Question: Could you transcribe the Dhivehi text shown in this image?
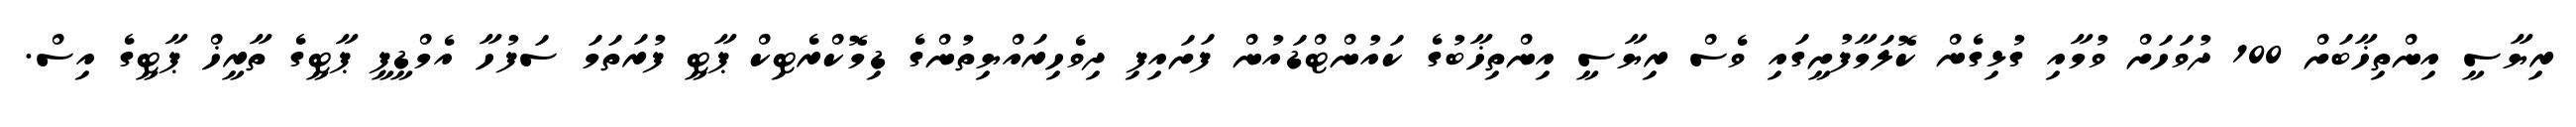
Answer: ރިޔާސީ އިންތިޚާބަށް 100 ދުވަހަށް ވުމާއި ގުޅިގެން ކޮލަމާފުށީގައި ވެސް ރިޔާސީ އިންތިޚާބުގެ ކައުންޓްޑައުން ފަށައިފި ދިވެހިރައްޔިތުންގެ ޑިމޮކްރެޓިކް ޕާޓީ ފުރަތަމަ ސަފުހާ އެމްޑީޕީ ޕާޓީގެ ތާރީޚް ޕާޓީގެ އިސް.